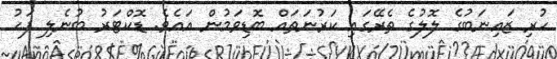
ހުރި ޒައިނަބުގެ ލޮލުގެ ތެރޭގައި ކަރުނަތައް ބޮޑިވަމުން އައެވެ. ޑޮކްޓަރު ބުނެލި ފަހު